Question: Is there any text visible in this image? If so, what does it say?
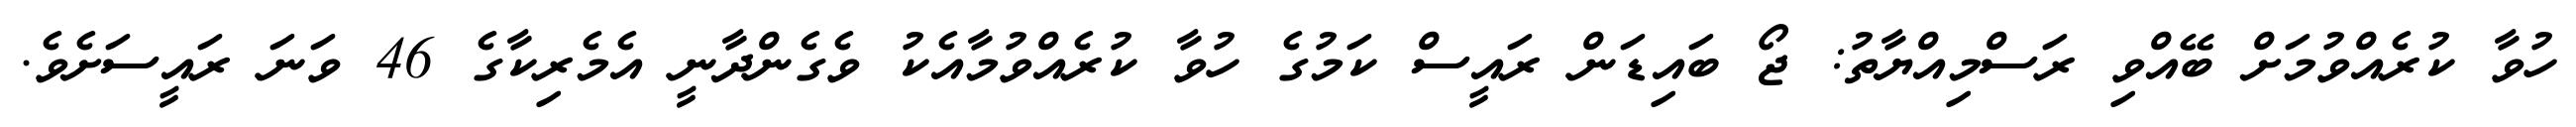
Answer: ހުވާ ކުރެއްވުމަށް ބޭއްވި ރަސްމިއްޔާތު: ޖޯ ބައިޑަން ރައީސް ކަމުގެ ހުވާ ކުރެއްވުމާއެކު ވެގެންދާނީ އެމެރިކާގެ 46 ވަނަ ރައީސަށެވެ.